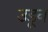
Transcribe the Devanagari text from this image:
उडू्न